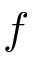
f